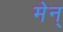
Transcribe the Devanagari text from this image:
मेन्